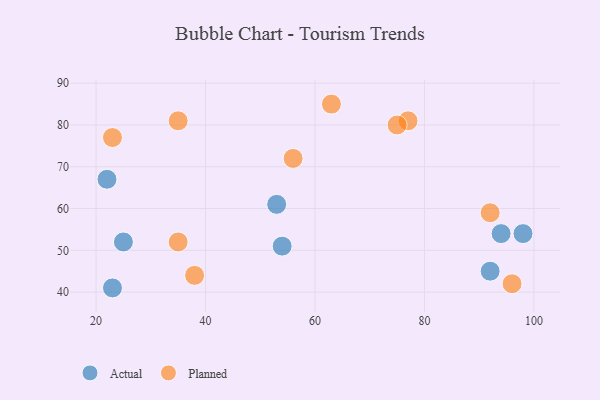
{"axis": {"x": "GDP", "y": "Life Expectancy"}, "legend": ["Actual", "Planned"], "data": [{"x": "53", "y": 61, "type": "Actual"}, {"x": "92", "y": 45, "type": "Actual"}, {"x": "23", "y": 41, "type": "Actual"}, {"x": "94", "y": 54, "type": "Actual"}, {"x": "25", "y": 52, "type": "Actual"}, {"x": "22", "y": 67, "type": "Actual"}, {"x": "98", "y": 54, "type": "Actual"}, {"x": "54", "y": 51, "type": "Actual"}, {"x": "77", "y": 81, "type": "Planned"}, {"x": "75", "y": 80, "type": "Planned"}, {"x": "56", "y": 72, "type": "Planned"}, {"x": "35", "y": 81, "type": "Planned"}, {"x": "63", "y": 85, "type": "Planned"}, {"x": "35", "y": 52, "type": "Planned"}, {"x": "92", "y": 59, "type": "Planned"}, {"x": "38", "y": 44, "type": "Planned"}, {"x": "96", "y": 42, "type": "Planned"}, {"x": "23", "y": 77, "type": "Planned"}]}